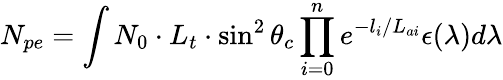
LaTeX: N_{pe}=\int{N_{0}\cdot L_{t}\cdot\sin^{2}\theta_{c}\prod_{i=0}^{n}e^{-l_{i}/L_{ai}}\epsilon(\lambda)d\lambda}